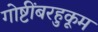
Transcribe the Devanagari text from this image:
गोष्टींबरहुकूम